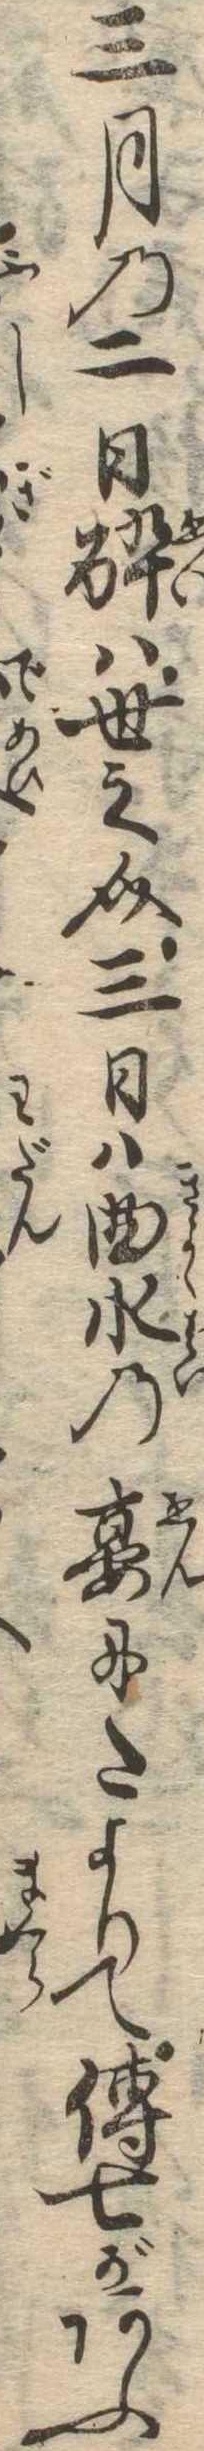
三月の二日酔は世之介三日は曲水の宴にたよりて伝七があふ